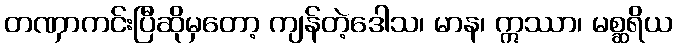
တဏှာကင်းပြီဆိုမှတော့ ကျန်တဲ့ဒေါသ၊ မာန၊ ဣဿာ၊ မစ္ဆရိယ